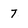
Character: 7